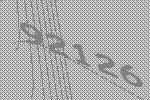
92126